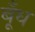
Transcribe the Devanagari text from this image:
बूँध